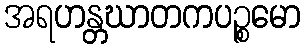
အရဟန္တဃာတကပဉ္စမော